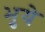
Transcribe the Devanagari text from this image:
भुये